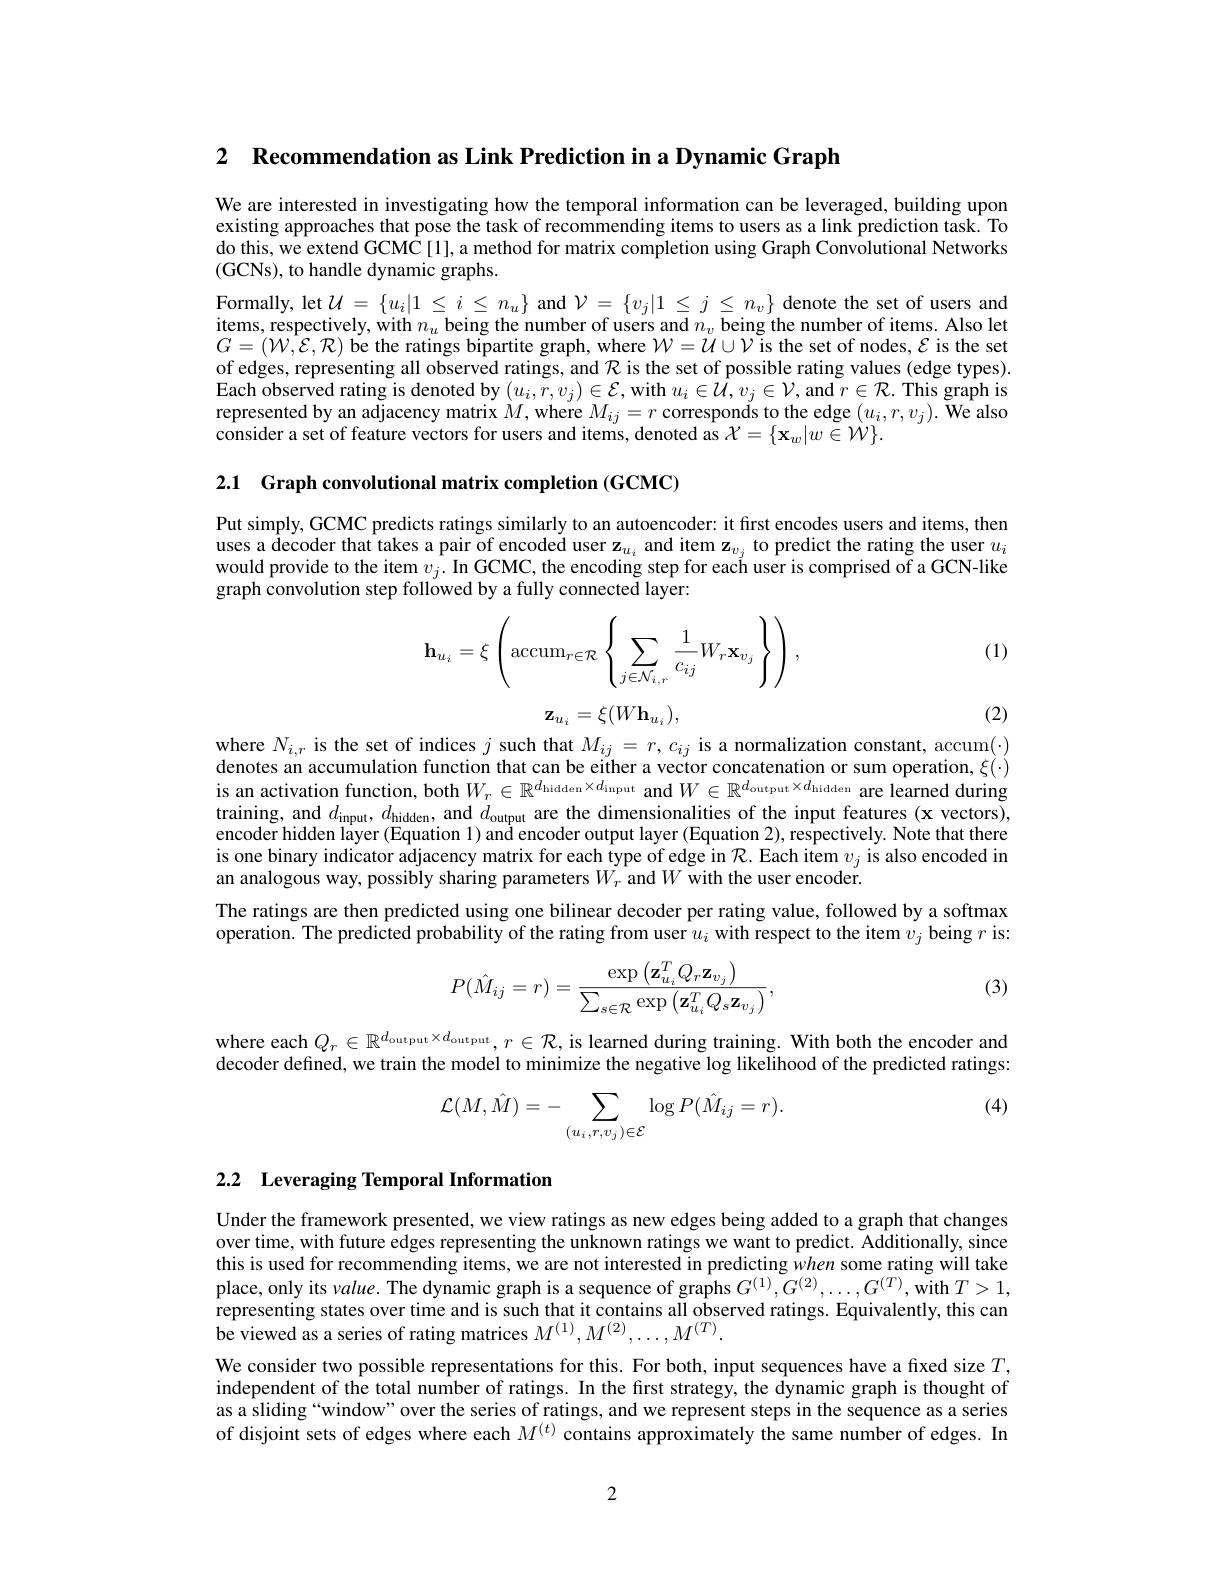
2 $\textbf{Recommendation as Link Prediction in a Dynamic Graph}$

We are interested in investigating how the temporal information can be leveraged, building upon existing approaches that pose the task of recommending items to users as a link prediction task. To do this, we extend GCMC [1], a method for matrix completion using Graph Convolutional Networks (GCNs), to handle dynamic graphs.

Formally, let $\mathcal{U} = \{ u_i| 1$ $\leq$ $i$ $\leq$ $n_u\}$ and $\mathcal{V} = \{ v_j| 1$ $\leq$ $j$ $\leq$ $n_v\}$ denote the set of users and $\begin{array}{ll}\mathrm{items,~respectively,~with~}n_u\text{ being the number of users and }n_v\text{ being the number of items. Also let}\\\mathrm{G}\left(N,C,T)\right)=\mathrm{d}1.\end{array}$ $G=(W,\mathcal{E},\mathcal{R})$ be the ratings bipartite graph, where $\mathcal{W}=\mathcal{U}\cup\mathcal{V}$ is the set of nodes, $\mathcal{E}$ is the set of edges, representing all observed ratings, and $\mathcal{R}$ is the set of possible rating values (edge types). Each observed rating is denoted by $(u_i,r,v_j)\in\mathcal{E}$,with $u_i\in\bar{\mathcal{U}},v_j\in\mathcal{V}$,and $r\in\mathcal{R}.$ This graph is represented by an adjacency matrix $M$, where $M_ij=r$ corresponds to the edge $(u_i,r,v_j).$ We also $\hat{\text{consider a set of feature vectors for users and items, denoted as }} \mathcal{X} = \{ \mathbf{x} _{w}| w\in \dot{\mathcal{W} } \} .$

2.1 Graph convolutional matrix completion (GCMC)

Put simply, GCMC predicts ratings similarly to an autoencoder: it first encodes users and items, then uses a decoder that takes a pair of encoded user z$_{u_i}$ and item z$_{v_j}$ to predict the rating the user $u_i$ would provide to the item $v_j.$ In GCMC, the encoding step for each user is comprised of a GCN-like graph convolution step followed by a fully connected layer:

(1)
$$\mathbf{h}_{u_i}=\xi\left(\operatorname{accum}_{r\in\mathcal{R}}\left\{\sum_{j\in\mathcal{N}_{i,r}}\frac{1}{c_{ij}}W_r\mathbf{x}_{v_j}\right\}\right),$$
$$\mathbf{z}_{u_i}=\xi(W\mathbf{h}_{u_i}),$$
(2)

where $N_{i,r}$ is the set of indices $j$ such that $M_ij=r,c_{ij}$ is a normalization constant, accum($\cdot)$ denotes an accumulation function that can be either a vector concatenation or sum operation, $\xi(\cdot)$ is an activation function, both $W_r\in\mathbb{R}^{d_{\text{hidden}}\times d_{\text{input}}}$ and $W\in\mathbb{R}^{d_{\text{output}}\times d_{\text{hidden}}}$ are learned during training, and $d_\mathrm{input},d_\mathrm{hidden}$, and $d_\mathrm{output}$ are the dimensionalities of the input features (x vectors), encoder hidden layer (Equation 1) and encoder output layer (Equation 2), respectively. Note that there is one binary indicator adjacency matrix for each type of edge in $\mathcal{R}.$ Each item $v_j$ is also encoded in an analogous way, possibly sharing parameters $W_{r}$ and $W$ with the user encoder.
The ratings are then predicted using one bilinear decoder per rating value, followed by a softmax operation. The predicted probability of the rating from user $u_i$ with respect to the item $v_j$ being $r$ is:
$$P(\hat{M}_{ij}=r)=\frac{\exp\left(\mathbf{z}_{u_{i}}^{T}Q_{r}\mathbf{z}_{v_{j}}\right)}{\sum_{s\in\mathcal{R}}\exp\left(\mathbf{z}_{u_{i}}^{T}Q_{s}\mathbf{z}_{v_{j}}\right)},$$
(3)

where each $Q_r\in\mathbb{R}^{d_{\text{output}}\times d_{\text{output}},r\in\mathcal{R},\text{is learned during training. With both the encoder and}}$ decoder defined, we train the model to minimize the negative log likelihood of the predicted ratings:

(4)
$$\mathcal{L}(M,\hat{M})=-\sum_{(u_i,r,v_j)\in\mathcal{E}}\log P(\hat{M}_{ij}=r).$$
## 2.2 Leveraging Temporal Information

Under the framework presented, we view ratings as new edges being added to a graph that changes over time, with future edges representing the unknown ratings we want to predict. Additionally, since this is used for recommending items, we are not interested in predicting when some rating will take place, only its value. The dynamic graph is a sequence of graphs $G^{(1)},G^{(2)},\ldots,G^{(T)}$, with $T>1$, representing states over time and is such that it contains all observed ratings. Equivalently, this can be viewed as a series of rating matrices $M^{(1)},M^{(2)},\ldots,M^{(T)}.$

We consider two possible representations for this. For both, input sequences have a fixed size $T$, independent of the total number of ratings. In the first strategy, the dynamic graph is thought of as a sliding “window” over the series of ratings, and we represent steps in the sequence as a series of disjoint sets of edges where each $M^{(t)}$ contains approximately the same number of edges. In

2